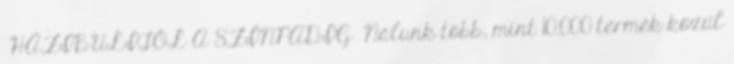
HÁZIBULITÓL A SZÍNPADIG Nálunk több, mint 10.000 termék közül